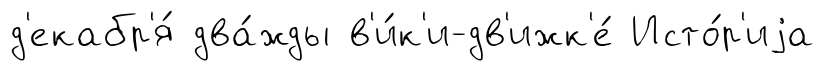
д'екабр'я́ два́жды в'и́к'и-дв'ижк'е́ Исто́р'иjа